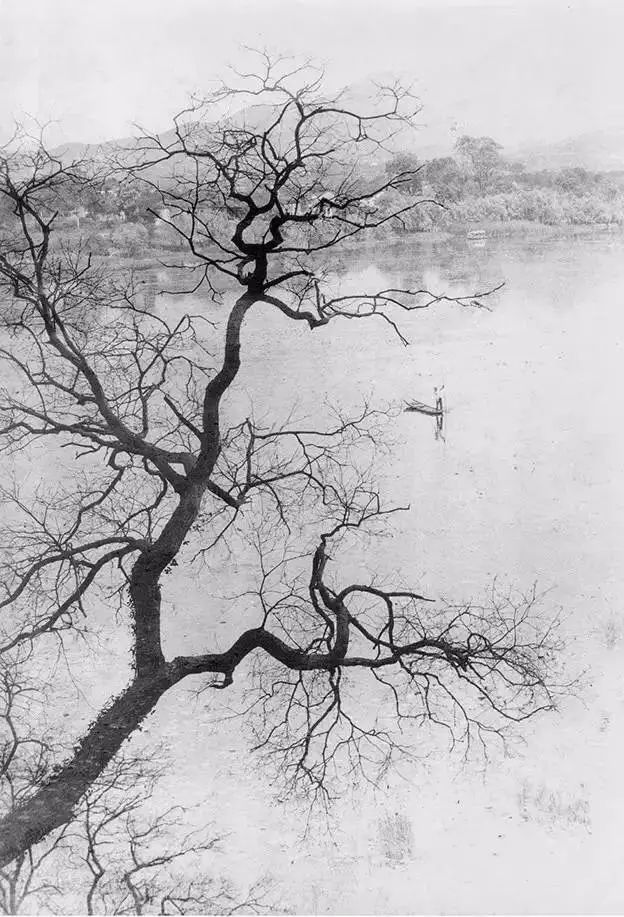
秋风吹到江村，正黄昏，寂寞梧桐夜雨不开门。